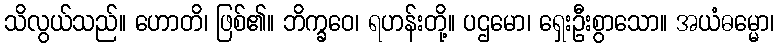
သိလွယ်သည်။ ဟောတိ၊ ဖြစ်၏။ ဘိက္ခဝေ၊ ရဟန်းတို့။ ပဌမော၊ ရှေးဦးစွာသော။ အယံဓမ္မော၊